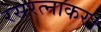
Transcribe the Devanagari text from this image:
रसरत्नाकर।